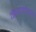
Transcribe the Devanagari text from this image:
कैवातेली